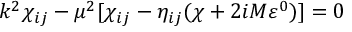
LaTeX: k ^ { 2 } \chi _ { i j } - \mu ^ { 2 } [ \chi _ { i j } - \eta _ { i j } ( \chi + 2 i M \varepsilon ^ { 0 } ) ] = 0